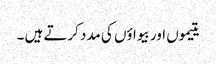
یتیموں اور بیواؤں کی مدد کرتے ہیں ۔